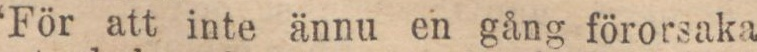
“För att inte ännu en gång förorsaka